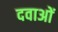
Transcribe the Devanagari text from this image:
दवाअों